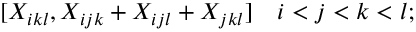
[ X _ { i k l } , X _ { i j k } + X _ { i j l } + X _ { j k l } ] \quad i < j < k < l ;